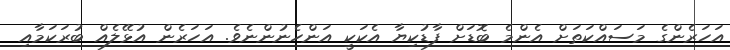
އަހަރެންގެ މަސައްކަތަށް އެންމެ ބޮޑަށް ފާޑުކިޔާ އެކަކީ އަންހެނުންނެވެ. އަހަރެން އުޅޭލެއް ބުރަކަމާއި